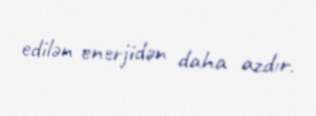
edilən enerjidən daha azdır.